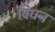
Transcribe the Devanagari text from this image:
विघन